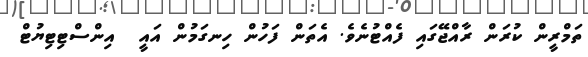
ތަމްރީން ކުރަން ރާއްޖޭގައި ފެއްޓުނެވެ. އެތަން ފަހުން ހިނގަމުން އައީ  އިންސްޓިޓިޔުޓް